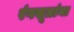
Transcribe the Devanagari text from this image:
रंगसूत्रांना